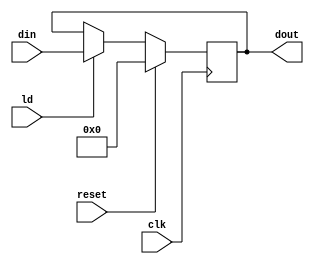
module register (
	input wire clk,reset,ld,
    input wire signed [31:0] din,
	output reg signed [31:0] dout
);

	always @(posedge clk)
    begin
        if(reset)
            dout<=32'b0;
        else if(ld)
            dout<=din;
    end

endmodule